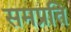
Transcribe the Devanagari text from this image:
समप्रति